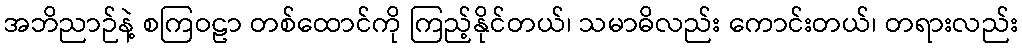
အဘိညာဉ်နဲ့ စကြဝဠာ တစ်ထောင်ကို ကြည့်နိုင်တယ်၊ သမာဓိလည်း ကောင်းတယ်၊ တရားလည်း